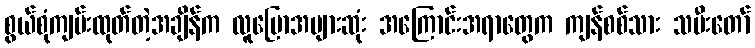
စွယ်စုံကျမ်းထုတ်တဲ့အချိန်က လူပြောအများဆုံး အကြောင်းအရာတွေက ကျန်စစ်သား သမီးတော်